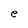
Character: e